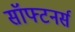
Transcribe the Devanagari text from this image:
सॉफ्टनर्स